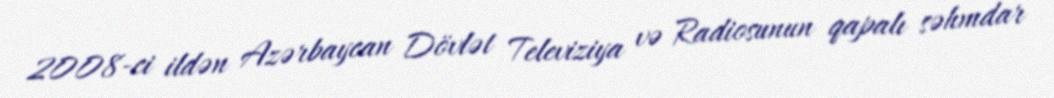
2008-ci ildən Azərbaycan Dövlət Televiziya və Radiosunun qapalı səhmdar